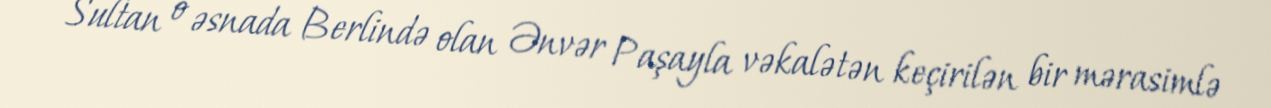
Sultan o əsnada Berlində olan Ənvər Paşayla vəkalətən keçirilən bir mərasimlə